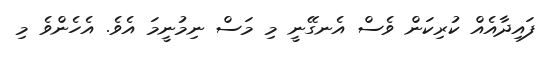
ފައިދާއެއް ކުރިކަން ވެސް އެނގޭނީ މި މަސް ނިމުނީމަ އެވެ. އެހެންވެ މި